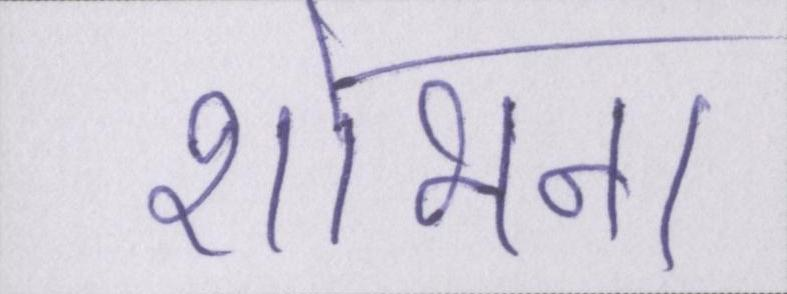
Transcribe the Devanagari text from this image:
शोभना